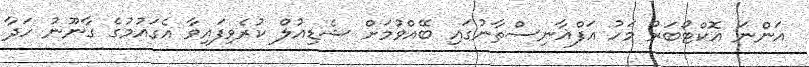
އަންނަ އޮކްޓޯބަރު މަހު އަފްޣާނިސްތާނުގައި ބޭއްވުމަށް ޝެޑިއުލް ކުރެވިފައިވާ އެގައުމުގެ ގާނޫނު ހަދާ